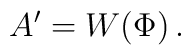
A^\prime =  W\!\left( \Phi\right) .